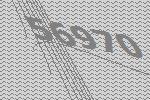
56970